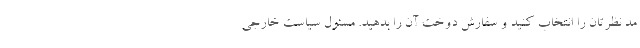
مد نظرتان را انتخاب کنید و سفارش دوخت آن را بدهید. مسئول سیاست خارجی